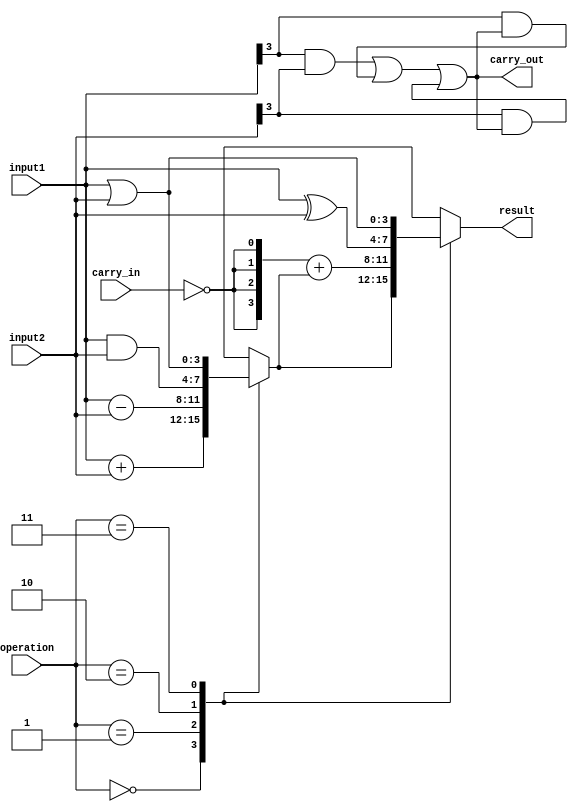
module alu (
    input [3:0] input1,
    input [3:0] input2,
    input [1:0] operation,
    input carry_in,
    output [3:0] result,
    output carry_out
);

reg [3:0] temp_result;
reg internal_carry;

always @(*)
begin
    case(operation)
        2'b00: temp_result = input1 + input2; // Addition operation
        2'b01: temp_result = input1 - input2; // Subtraction operation
        2'b10: temp_result = input1 & input2; // AND operation
        2'b11: temp_result = input1 | input2; // OR operation
    endcase
    
    internal_carry = input1[3]&input2[3] | input1[3]&internal_carry | input2[3]&internal_carry; // Generate carry_out for addition
    
    carry_out = internal_carry;
    
    case(operation)
        2'b00: temp_result = {carry_in, temp_result}; // Add carry_in for addition
        2'b01: temp_result = {4{!carry_in}} + temp_result; // Invert carry_in for subtraction
        2'b10: temp_result = input1 ^ input2; // XOR operation
        2'b11: temp_result = input1 | input2; // OR operation
    endcase
end

assign result = temp_result;

endmodule